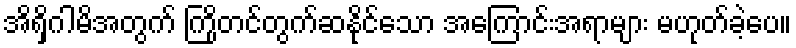
အိရှိဂါမိအတွက် ကြိုတင်တွက်ဆနိုင်သော အကြောင်းအရာများ မဟုတ်ခဲ့ပေ။